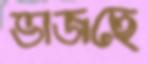
ভাজছে